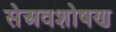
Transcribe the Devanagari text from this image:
सेअवशोषण